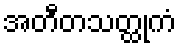
အတီတသတ္ထုကံ